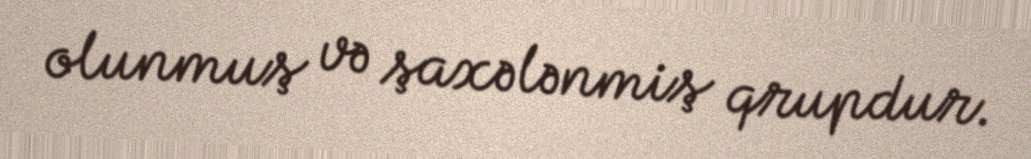
olunmuş və şaxələnmiş qrupdur.